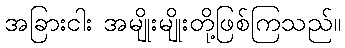
အခြားငါး အမျိုးမျိုးတို့ဖြစ်ကြသည်။